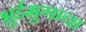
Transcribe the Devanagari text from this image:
भुईमुगाचा